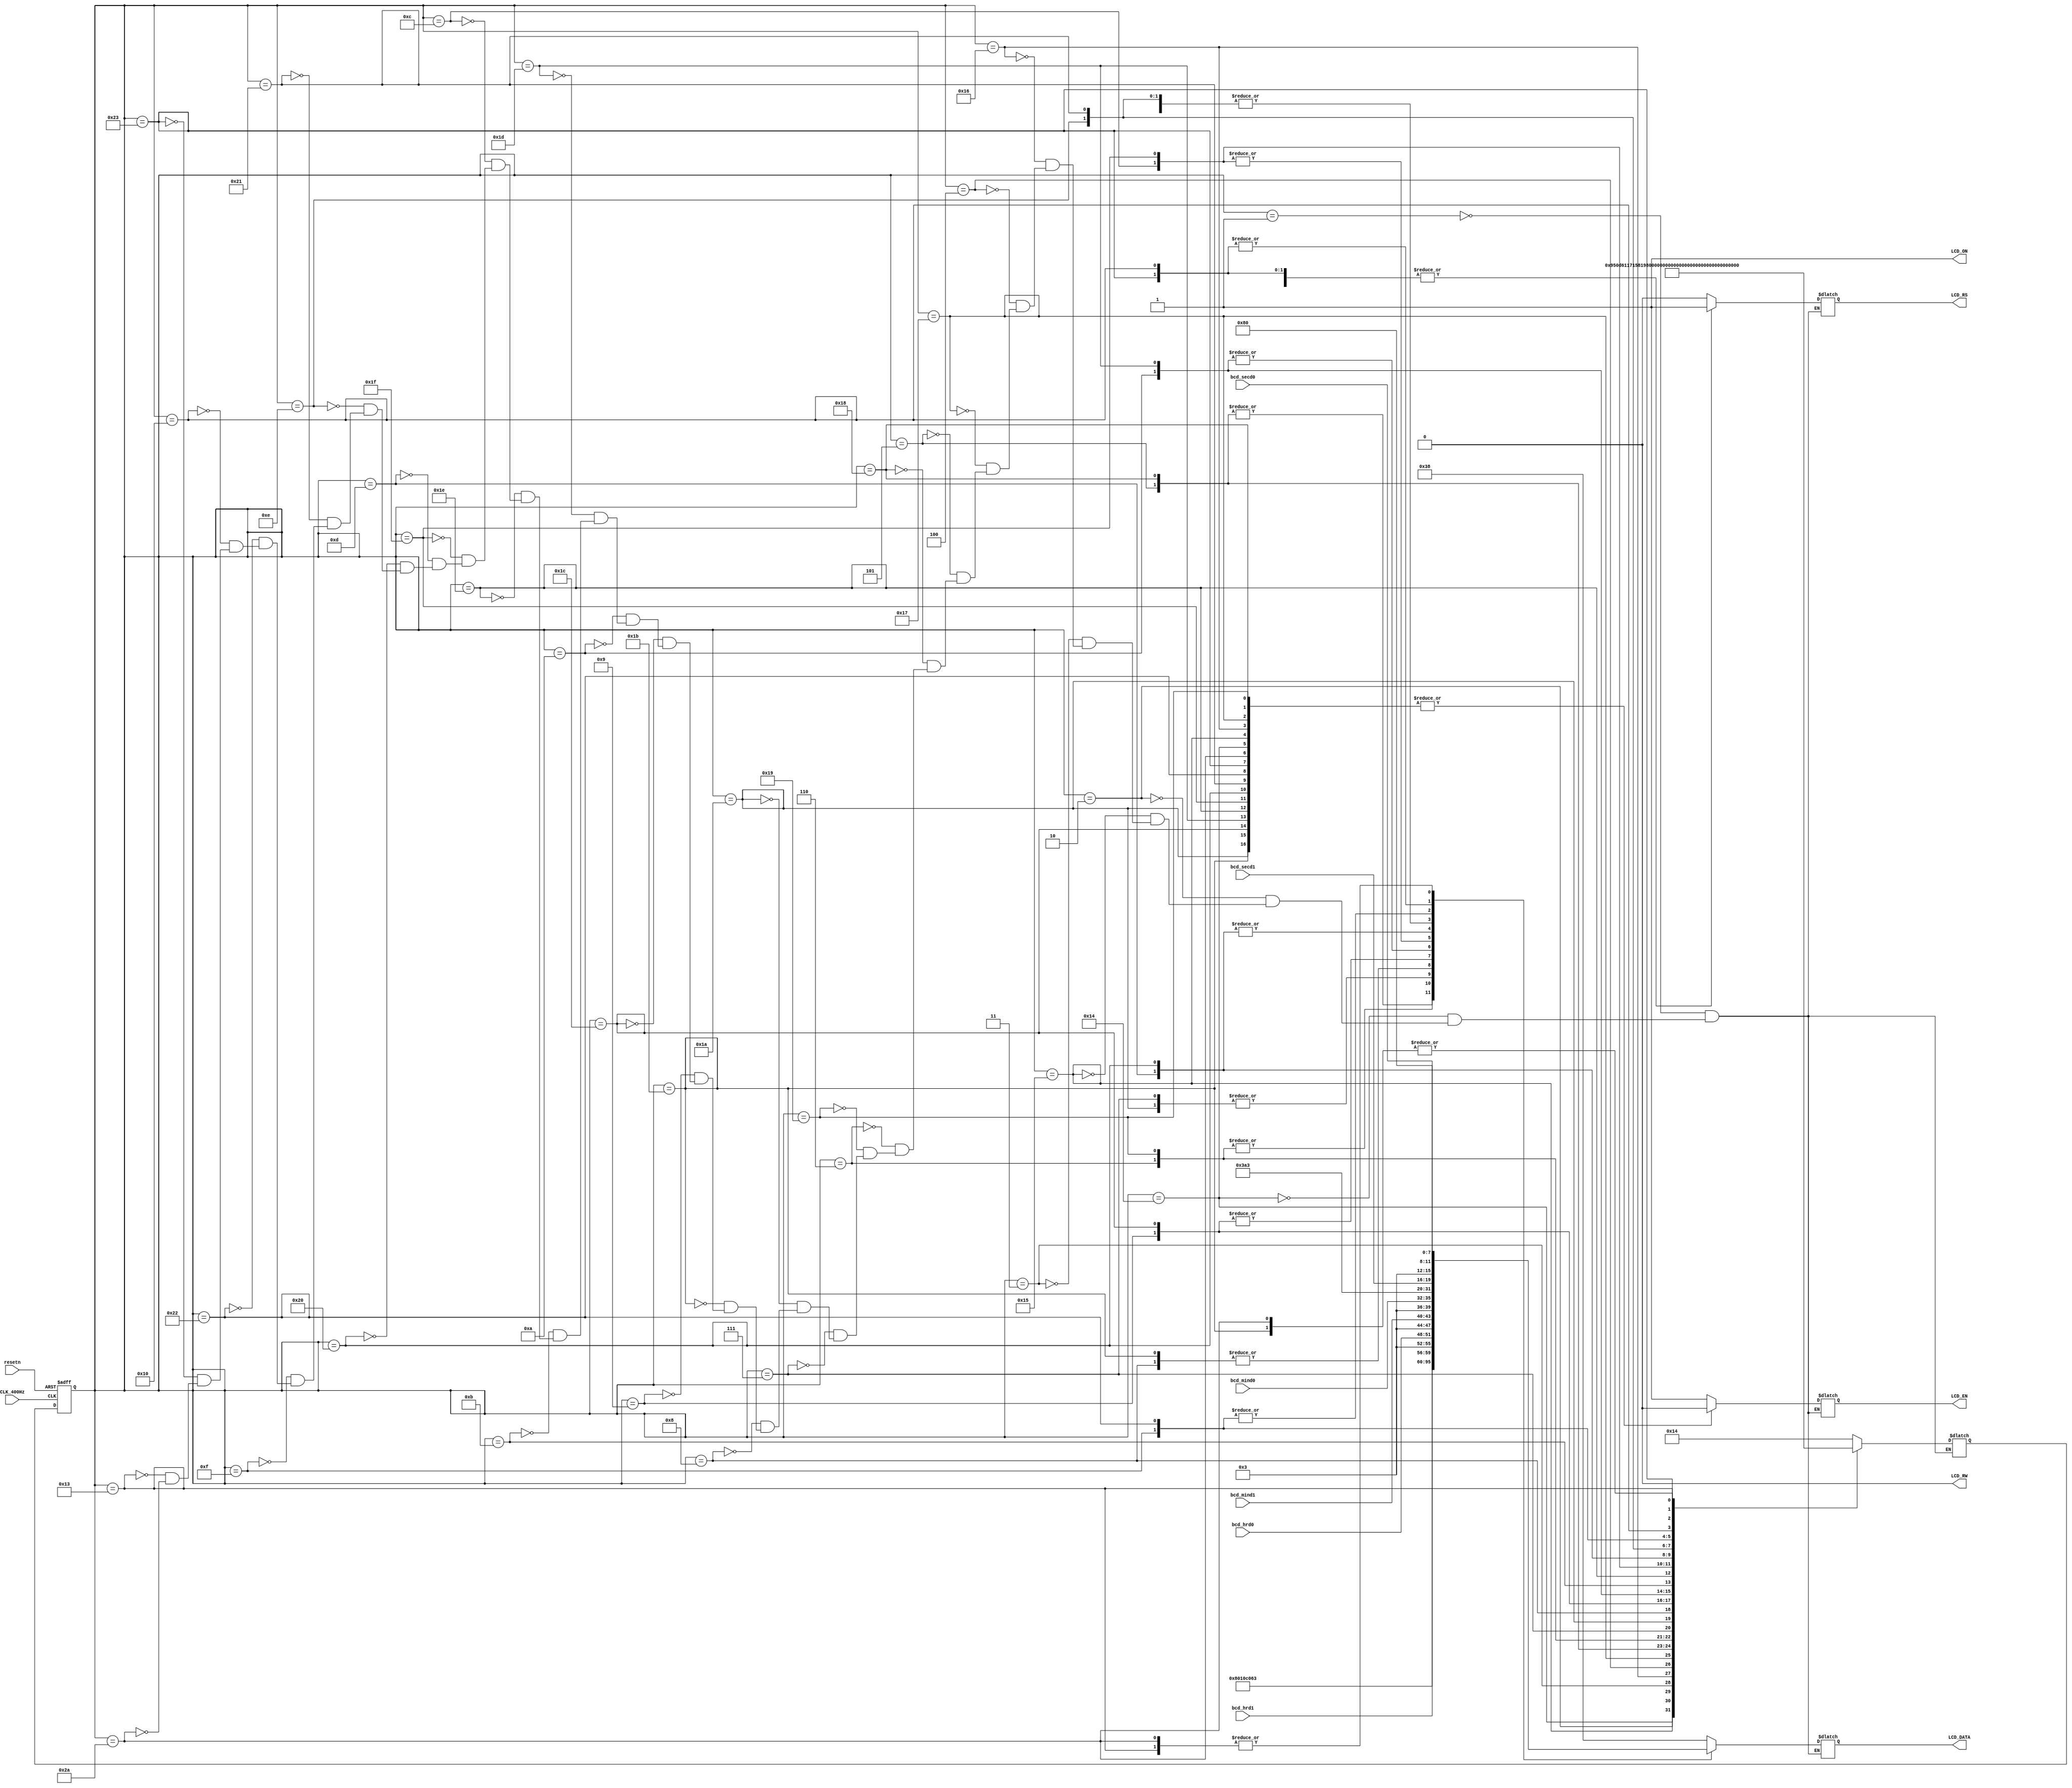
//       ::
//  
module fsm_lcd(
	CLK_400Hz, 		//   - 400 
	resetn, 			//  ,   
	bcd_hrd1, bcd_hrd0, bcd_mind1, bcd_mind0, bcd_secd1, bcd_secd0, // ::, 
	//      - 
	LCD_ON, //       
	LCD_RS, // Select registers, 0 -    , 1 -    
	LCD_EN, // Start data read/write - ,  /     1    0
	LCD_RW, // Select read or write, 0 - , 1 - .    
	LCD_DATA // 8-bit Data bus - 8-  
	); 
	
	//      
	input CLK_400Hz, resetn; 
	input [3:0] bcd_hrd1, bcd_hrd0, bcd_mind1, bcd_mind0, bcd_secd1, bcd_secd0; 
	output LCD_ON, LCD_RS, LCD_EN, LCD_RW; 
	output [7:0] LCD_DATA; 
	
	//   
	reg [5:0] p_state, n_state; //       , 
	reg LCD_EN, LCD_RS; // ,     
	reg [7:0] LCD_DATA_VALUE; 
	//    
	parameter [5:0] reset1=1, reset2=2, reset3=3, FUNC_SET=4, 
		display_off=5, display_clear=6, 
		display_on=7, mode_set=8, write_char1=9, 
		write_char2=10, write_char3=11, write_char4=12,
		write_char5=13, write_char6=14, write_char7=15,
		write_char8=16, write_char9=17, write_char10=18, 
		return_home=19, 
		toggle_e1=20,toggle_e2=21, toggle_e3=22, toggle_e4=23, 
		toggle_e5=24,toggle_e6=25, toggle_e7=26, toggle_e8=27, 
		toggle_e9=28,toggle_e10=29, toggle_e11=30, toggle_e12=31, 
		toggle_e13=32,toggle_e14=33, toggle_e15=34, toggle_e16=35, 
		toggle_e17=36,toggle_e18=37, toggle_e19=38, w_address=39, write_w=40,
		toggle_e20=41, toggle_e21=42, char1_address=43, write_e=44; 
	assign LCD_ON=1; //  
	assign LCD_RW=0; //       
	//    ,   ,   ,
	//   
	assign LCD_DATA = LCD_RW? 8'bzzzzzzzz: LCD_DATA_VALUE;
	
	//     
	always @(p_state) //       p_state
	begin
		case (p_state) 
			reset1:  //   
			begin 
				n_state = toggle_e1; //   - toggle_e1
				{LCD_EN, LCD_RS}=2'b10; //  ,    LCD_EN  1
				LCD_DATA_VALUE = 8'h38; // Function set: DL=1, N=1, F=0 - 8-  , 
												// 2 ,   5*8
			end 
			toggle_e1: 
			begin 
				n_state = reset2; 
				{LCD_EN, LCD_RS}=2'b00; //  ,    LCD_EN  0
				LCD_DATA_VALUE = 8'h38; 
			end 
			reset2: 
			begin 
				n_state = toggle_e2; 
				{LCD_EN, LCD_RS}=2'b10; 
				LCD_DATA_VALUE = 8'h38; // Function set: DL=1, N=1, F=0
			end  
			toggle_e2: 
			begin 
				n_state = reset3; 
				{LCD_EN, LCD_RS}=2'b00; 
				LCD_DATA_VALUE = 8'h38; // Function set: DL=1, N=1, F=0
			end  
			reset3: 
			begin 
				n_state = toggle_e3; 
				{LCD_EN, LCD_RS}=2'b10; 
				LCD_DATA_VALUE = 8'h38; // Function set: DL=1, N=1, F=0
			end 
			toggle_e3: 
			begin 
				n_state = FUNC_SET; 
				{LCD_EN, LCD_RS}=2'b00; 
				LCD_DATA_VALUE = 8'h38; 
			end  
			FUNC_SET: 
			begin 
				 n_state = toggle_e4; 
				 {LCD_EN, LCD_RS}=2'b10; 
				 LCD_DATA_VALUE = 8'h38; // Function set: DL=1, N=1, F=0
			end 
			toggle_e4: 
			begin 
				 n_state = display_off; 
				 {LCD_EN, LCD_RS}=2'b00; 
				 LCD_DATA_VALUE = 8'h38; 
			end  
			display_off: 
			begin 
				 n_state = toggle_e5; 
				 {LCD_EN, LCD_RS}=2'b10; 
				 LCD_DATA_VALUE = 8'h08; // Display off: D=0, C=0, B=0 ( ,    )
			end 
			toggle_e5: 
			begin 
				 n_state = display_clear; 
				 {LCD_EN, LCD_RS}=2'b00; 
				 LCD_DATA_VALUE = 8'h08; 
			end  
			display_clear: 
			begin 
				n_state = toggle_e6; 
				{LCD_EN, LCD_RS}=2'b10; 
				LCD_DATA_VALUE = 8'h01; // Display clear
			end  
			toggle_e6: 
			begin 
				 n_state = display_on; 
				 {LCD_EN, LCD_RS}=2'b00; 
				 LCD_DATA_VALUE = 8'h01; 
			end  
			display_on: 
			begin 
				 n_state = toggle_e7; 
				 {LCD_EN, LCD_RS}=2'b10; 
				 LCD_DATA_VALUE = 8'h0c; // Display on: D=1, C=0, B=0 ( ,     )
			end  
			toggle_e7: 
			begin 
				 n_state = mode_set; 
				 {LCD_EN, LCD_RS}=2'b00; 
				 LCD_DATA_VALUE = 8'h0c; 
			end  
			mode_set: 
			begin 
				 n_state = toggle_e8; 
				 {LCD_EN, LCD_RS}=2'b10; 
				 LCD_DATA_VALUE = 8'h06; // Entry mode set: I/D=1, S=0 (     ,   )
			end  
			toggle_e8: 
			begin 
				 n_state = write_char1; 
				 {LCD_EN, LCD_RS}=2'b00; 
				 LCD_DATA_VALUE = 8'h06; 
			end 
			
			
			write_char1: 
			begin 
				 n_state = toggle_e9; 
				 {LCD_EN, LCD_RS}=2'b11; //  ,    LCD_EN  1
				 LCD_DATA_VALUE = {4'b0011, bcd_hrd1}; //    0  9   0011,
																	//   -   
			end  
			toggle_e9: 
			begin 
				 n_state = write_char2; 
				 {LCD_EN, LCD_RS}=2'b01; 
				 LCD_DATA_VALUE = {4'b0011, bcd_hrd1}; //     
			end  
			write_char2: 
			begin 
				 n_state = toggle_e10; 
				 {LCD_EN, LCD_RS}=2'b11; 
				 LCD_DATA_VALUE = {4'b0011, bcd_hrd0}; //    
			end 
			toggle_e10: 
			begin 
				 n_state = write_char3; 
				 {LCD_EN, LCD_RS}=2'b01; 
				 LCD_DATA_VALUE = {4'b0011, bcd_hrd0}; 
			end   
			write_char3:  
			begin 
				 n_state = toggle_e11; 
				 {LCD_EN, LCD_RS}=2'b11; 
				 LCD_DATA_VALUE = 8'h3a; //   ":"
			end   
			toggle_e11: 
			begin 
				 n_state = write_char4; 
				 {LCD_EN, LCD_RS}=2'b01; 
				 LCD_DATA_VALUE = 8'h3a; 
			end   
			write_char4: 
			begin 
				 n_state = toggle_e12; 
				 {LCD_EN, LCD_RS}=2'b11; 
				 LCD_DATA_VALUE = {4'b0011, bcd_mind1}; //    
			end   
			toggle_e12: 
			begin 
				 n_state = write_char5; 
				 {LCD_EN, LCD_RS}=2'b01; 
				 LCD_DATA_VALUE = {4'b0011, bcd_mind1};
			end   
			write_char5: 
			begin 
				 n_state = toggle_e13; 
				 {LCD_EN, LCD_RS}=2'b11; 
				 LCD_DATA_VALUE = {4'b0011, bcd_mind0}; //    
			end    
			toggle_e13: 
			begin 
				 n_state = write_char6; 
				 {LCD_EN, LCD_RS}=2'b01; 
				 LCD_DATA_VALUE = {4'b0011, bcd_mind0}; 
			end    
			write_char6: 
			begin 
				 n_state = toggle_e14; 
				 {LCD_EN, LCD_RS}=2'b11; 
				 LCD_DATA_VALUE = 8'h3a; //   ":"
			end   
			toggle_e14: 
			begin 
				 n_state = write_char7; 
				 {LCD_EN, LCD_RS}=2'b01; 
				 LCD_DATA_VALUE = 8'h3a; 
			end   
			write_char7: 
			begin 
				 n_state = toggle_e15; 
				 {LCD_EN, LCD_RS}=2'b11; 
				 LCD_DATA_VALUE ={4'b0011, bcd_secd1}; //    
			end   
			toggle_e15: 
			begin 
				 n_state = write_char8; 
				 {LCD_EN, LCD_RS}=2'b01; 
				 LCD_DATA_VALUE ={4'b0011, bcd_secd1}; 
			end   
			write_char8:  
			begin 
				 n_state = toggle_e16; 
				 {LCD_EN, LCD_RS}=2'b11; 
				 LCD_DATA_VALUE ={4'b0011, bcd_secd0}; //    
			end   
			toggle_e16: 
			begin 
				 n_state = return_home;//w_address; 
				 {LCD_EN, LCD_RS}=2'b01; 
				 LCD_DATA_VALUE ={4'b0011, bcd_secd0}; 
			end   
			return_home:  
			begin 
				 n_state = toggle_e21; 
				 {LCD_EN, LCD_RS}=2'b10; //  
				 LCD_DATA_VALUE =8'h80; // Set DDRAM address -    
												// 00h -   
			end  
			toggle_e21: 
			begin 
				 n_state = write_char1; //     
				 {LCD_EN, LCD_RS}=2'b00; 
				 LCD_DATA_VALUE =8'h80;
			end   
		endcase 
	end
	
	//    
	always @ (posedge CLK_400Hz, negedge resetn) 
	begin 
		if (resetn == 0) 
		begin 
			p_state <= reset1; 
		end 
		else 
			p_state <= n_state; 
	end 
endmodule